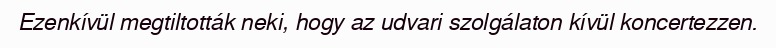
Ezenkívül megtiltották neki, hogy az udvari szolgálaton kívül koncertezzen.